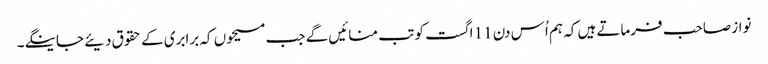
نواز صاحب فرماتے ہیں کہ ہم اُس دن 11 اگست کو تب منائیں گے جب مسیحوں کہ برابری کے حقوق دیئے جاینگے۔